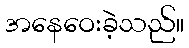
အနေဝေးခဲ့သည်။